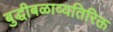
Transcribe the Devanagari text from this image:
बुद्धीबळाव्यतिरिक्त